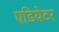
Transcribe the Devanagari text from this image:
एडियेटर